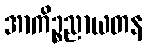
အာကိဉ္စညာယတန